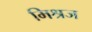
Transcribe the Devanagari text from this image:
मिश्रज